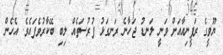
ޔޫވީގެ ރަފީނިއާއަށް ވަނީ ލަނޑު ޖަހާނެ ރަނގަޅު ފުރުސަތެއް ލިބި ބޭކާރުވެފައެވެ. އެހެން